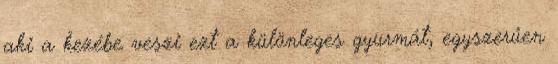
aki a kezébe veszi ezt a különleges gyurmát, egyszerűen